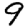
Digit: 9